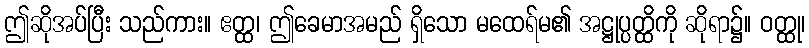
ဤဆိုအပ်ပြီး သည်ကား။ ဧတ္ထ၊ ဤခေမာအမည် ရှိသော မထေရ်မ၏ အဋ္ဌုပ္ပတ္ထိကို ဆိုရာ၌။ ဝတ္ထု၊